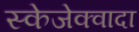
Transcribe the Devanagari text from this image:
स्केजेक्वादा